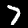
Digit: 7